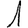
Digit: 1